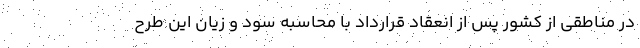
در مناطقی از کشور پس از انعقاد قرارداد با محاسبه سود و زیان این طرح